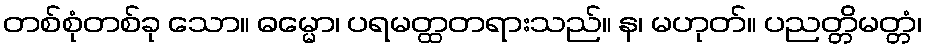
တစ်စုံတစ်ခု သော။ ဓမ္မော၊ ပရမတ္ထတရားသည်။ န၊ မဟုတ်။ ပညတ္တိမတ္တံ၊